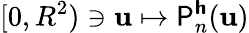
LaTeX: [0,R^{2})\ni\mathbf{u}\mapsto\mathsf{{P}}_{n}^{\boldsymbol{\mathsf{{h}}}}(\mathbf{u})